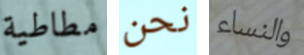
مطاطية نحن والنساء